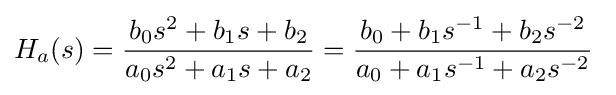
H_{a}(s)={\frac {b_{0}s^{2}+b_{1}s+b_{2}}{a_{0}s^{2}+a_{1}s+a_{2}}}={\frac {b_{0}+b_{1}s^{-1}+b_{2}s^{-2}}{a_{0}+a_{1}s^{-1}+a_{2}s^{-2}}}\